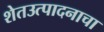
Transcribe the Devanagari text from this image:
शेतउत्पादनाचा